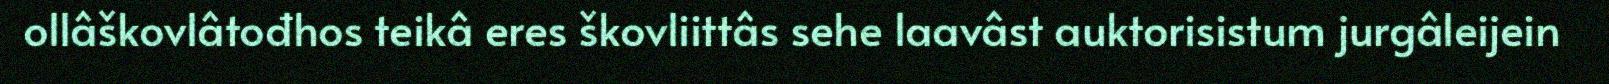
ollâškovlâtođhos teikâ eres škovliittâs sehe laavâst auktorisistum jurgâleijein